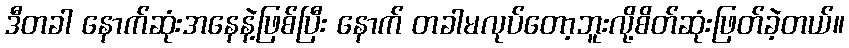
ဒီတခါ နောက်ဆုံးအနေနဲ့ဖြစ်ပြီး နောက် တခါမလုပ်တော့ဘူးလို့စိတ်ဆုံးဖြတ်ခဲ့တယ်။